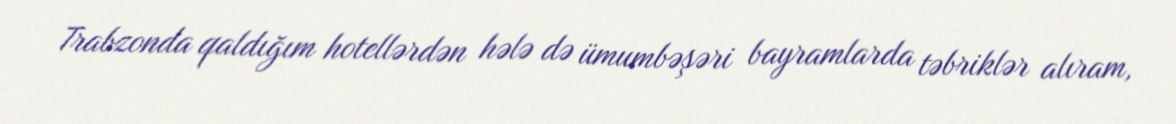
Trabzonda qaldığım hotellərdən hələ də ümumbəşəri bayramlarda təbriklər alıram,